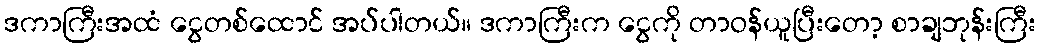
ဒကာကြီးအထံ ငွေတစ်ထောင် အပ်ပါတယ်။ ဒကာကြီးက ငွေကို တာဝန်ယူပြီးတော့ စာချဘုန်းကြီး